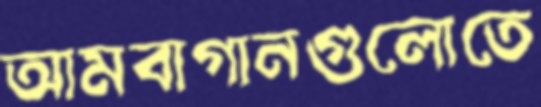
আমবাগানগুলোতে